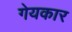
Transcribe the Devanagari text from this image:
गेयकार